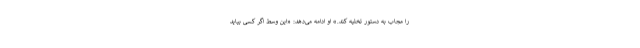
را مجاب به دستور تخلیه کند.» او ادامه می‌دهد: «این وسط اگر کسی بیاید